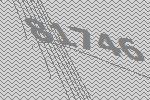
81746